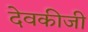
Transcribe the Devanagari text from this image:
देवकीजी